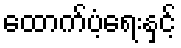
ထောက်ပံ့ရေးနှင့်